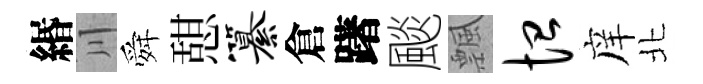
緡川舜憇纂倉躇颷飄恤庠北